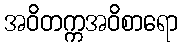
အဝိတက္ကအဝိစာရော